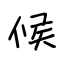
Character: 候